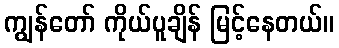
ကျွန်တော် ကိုယ်ပူချိန် မြင့်နေတယ်။